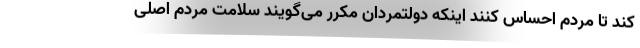
کند تا مردم احساس کنند اینکه دولتمردان مکرر می‌گویند سلامت مردم اصلی